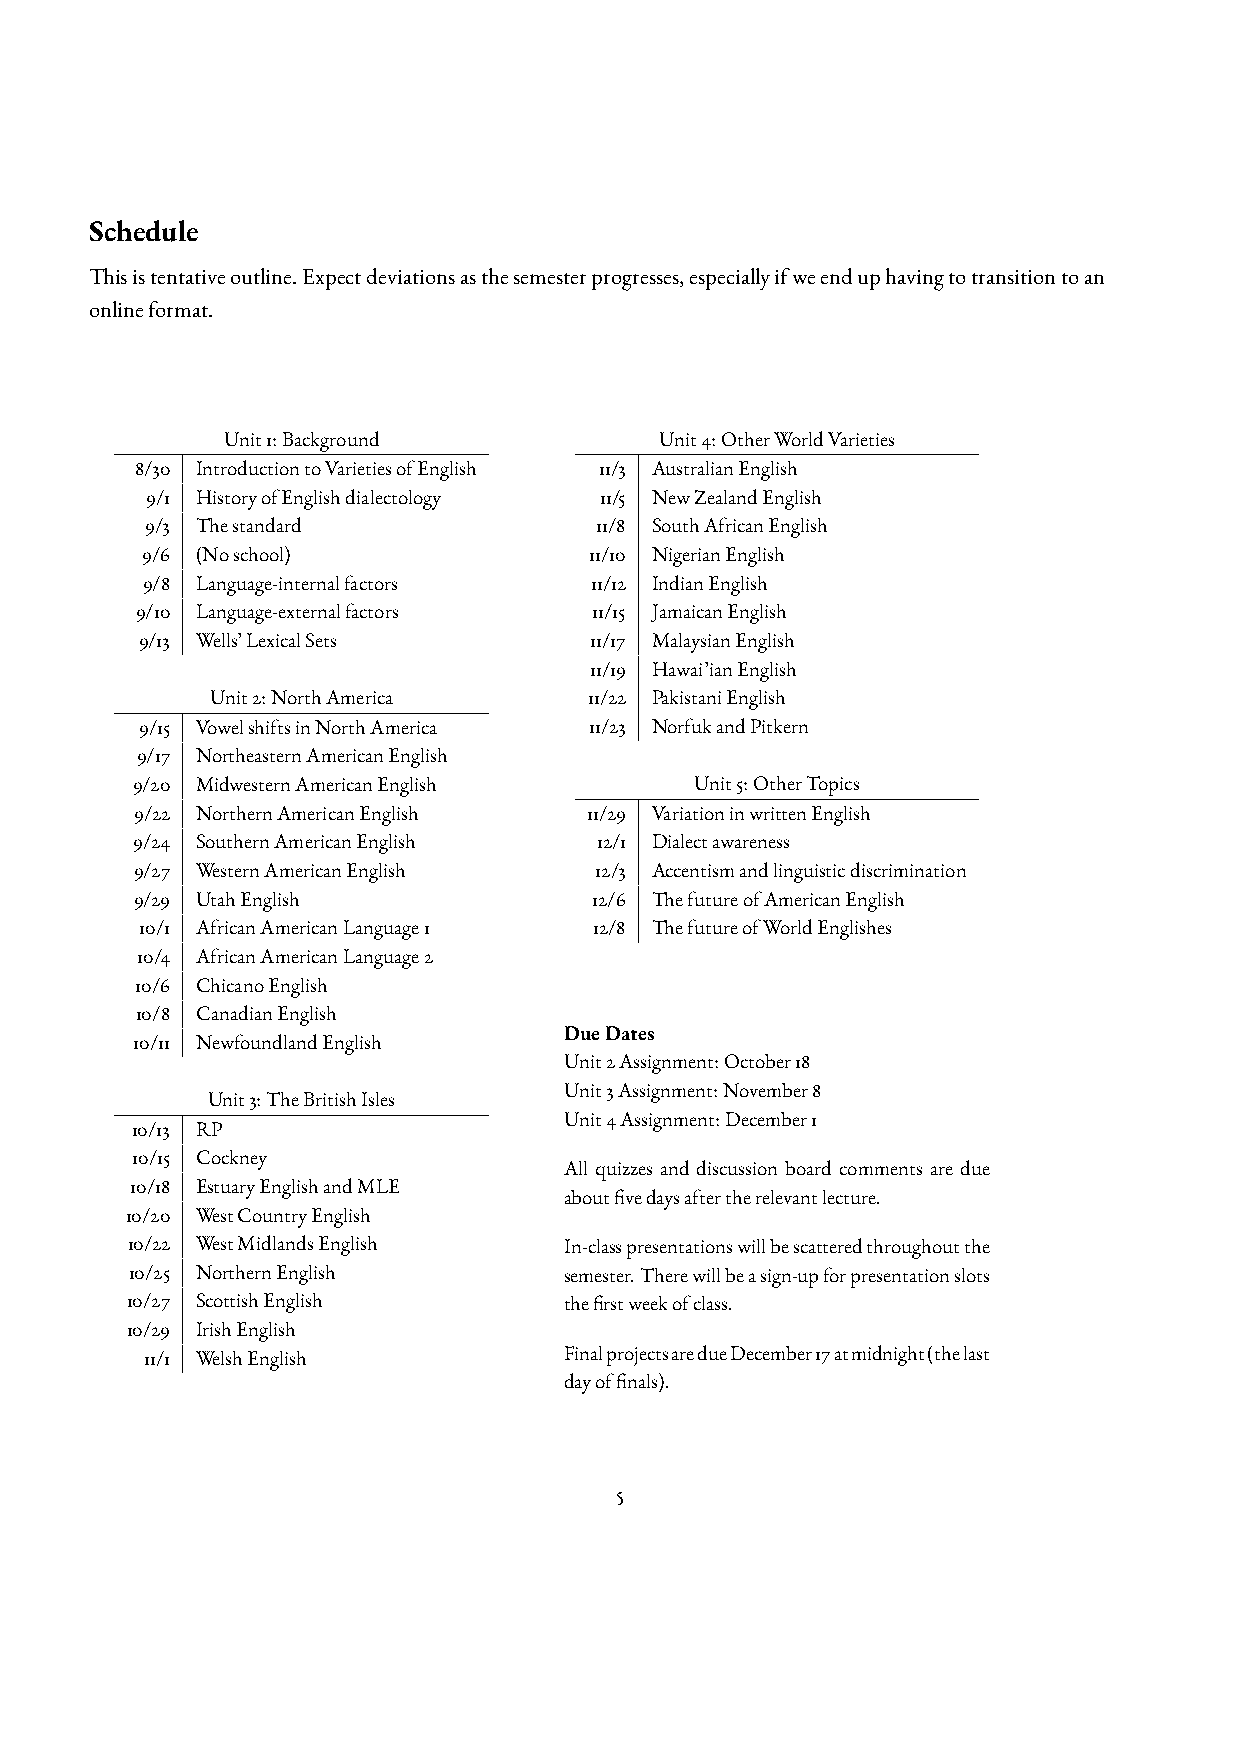
Schedule
 Thisistentativeoutline.Expectdeviationsasthesemesterprogresses,especiallyifweenduphavingtotransitiontoan
 onlineformat.
 Unit1:Background             Unit4:OtherWorldVarieties
 8/30 IntroductiontoVarietiesofEnglish 11/3 AustralianEnglish
 9/1 HistoryofEnglishdialectology 11/5 NewZealandEnglish
 9/3 Thestandard              11/8 SouthAfricanEnglish
 9/6 (Noschool)                11/10 NigerianEnglish
 9/8 Language-internalfactors  11/12 IndianEnglish
 9/10 Language-externalfactors 11/15 JamaicanEnglish
 9/13 Wells’LexicalSets        11/17 MalaysianEnglish
 11/19 Hawai’ianEnglish
 Unit2:NorthAmerica       11/22 PakistaniEnglish
 9/15 VowelshiftsinNorthAmerica 11/23 NorfukandPitkern
 9/17 NortheasternAmericanEnglish
 9/20 MidwesternAmericanEnglish       Unit5:OtherTopics
 9/22 NorthernAmericanEnglish  11/29 VariationinwrittenEnglish
 9/24 SouthernAmericanEnglish  12/1 Dialectawareness
 9/27 WesternAmericanEnglish   12/3 Accentismandlinguisticdiscrimination
 9/29 UtahEnglish              12/6 ThefutureofAmericanEnglish
 10/1 AfricanAmericanLanguage1 12/8 ThefutureofWorldEnglishes
 10/4 AfricanAmericanLanguage2
 10/6 ChicanoEnglish
 10/8 CanadianEnglish
 10/11 NewfoundlandEnglish   DueDates
 Unit2Assignment:October18
 Unit3Assignment:November8
 Unit3:TheBritishIsles
 Unit4Assignment:December1
 10/13 RP
 10/15 Cockney
 All quizzes and discussion board comments are due
 10/18 EstuaryEnglishandMLE
 about  vedaysaftertherelevantlecture.
 10/20 WestCountryEnglish
 10/22 WestMidlandsEnglish    In-classpresentationswillbescatteredthroughoutthe
 10/25 NorthernEnglish       semester.Therewillbeasign-upforpresentationslots
 10/27 ScottishEnglish        the  rstweekofclass.
 10/29 IrishEnglish
 11/1 WelshEnglish          FinalprojectsaredueDecember17atmidnight(thelast
 dayof  nals).
 5